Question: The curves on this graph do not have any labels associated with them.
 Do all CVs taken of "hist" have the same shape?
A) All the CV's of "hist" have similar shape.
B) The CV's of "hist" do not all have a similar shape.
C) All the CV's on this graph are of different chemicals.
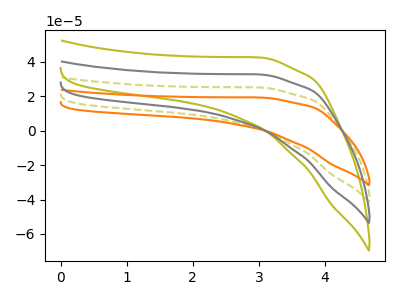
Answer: <think>The olive dashed curve "olive dashed" has no peaks. The olive curve "olive" has no peaks. The orange curve "orange" has no peaks. The gray curve "gray" has no peaks.
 Neither "olive dashed" or "olive" have any peaks. Neither "olive dashed" or "orange" have any peaks. Neither "olive dashed" or "gray" have any peaks. Neither "olive" or "orange" have any peaks. Neither "olive" or "gray" have any peaks. Neither "orange" or "gray" have any peaks.</think>
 <answer>A) All the CV's of "hist" have similar shape.</answer>
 <eval>A</eval>